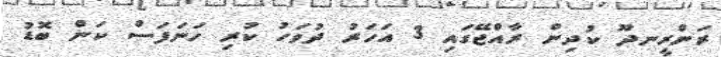
ރަންރީނދޫ ކުދިން ރާއްޖޭގައި 3 އަހަރު ދުވަހު ކުރި ހަނަފަސް ކަން ބޮޑު